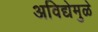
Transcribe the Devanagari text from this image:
अविद्येमुळे